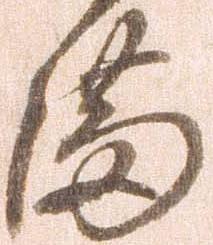
満